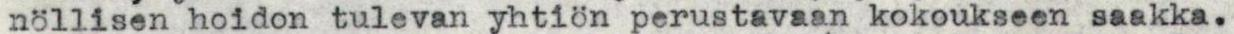
nöllisen hoidon tulevan yhtiön perustavaan kokoukseen saakka.